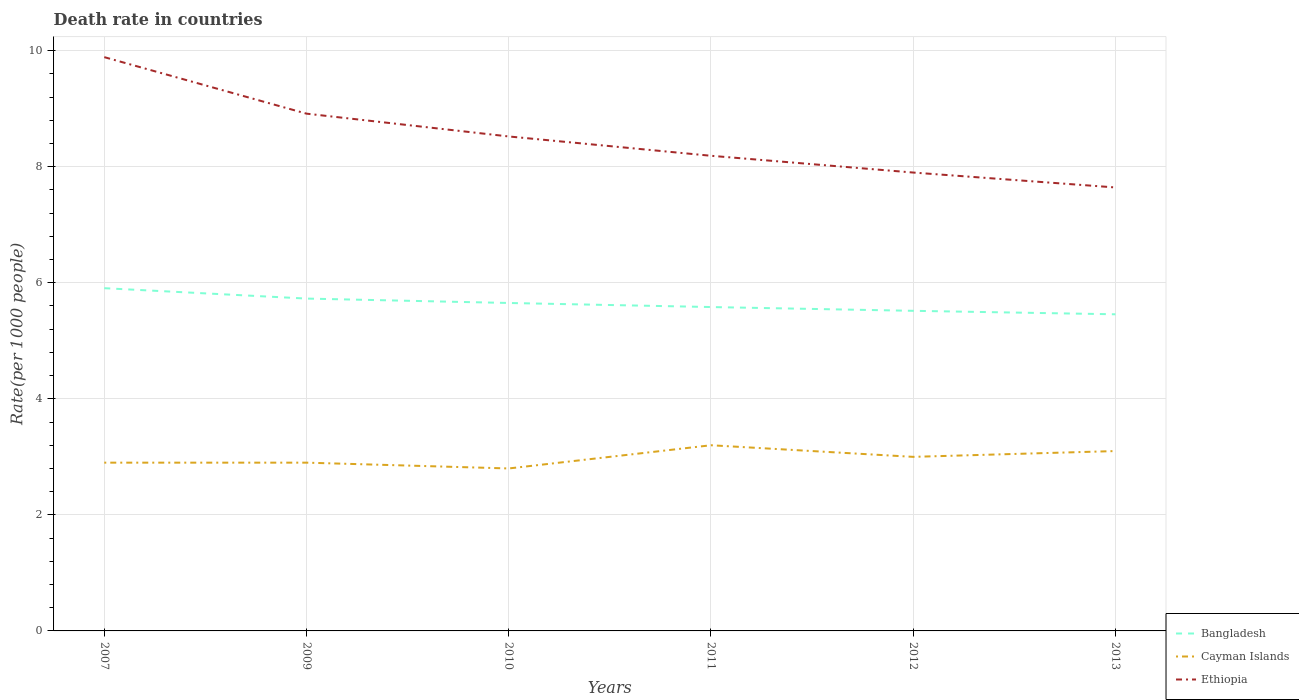
| Years | Bangladesh | Cayman Islands | Ethiopia |
 | --- | --- | --- | --- |
 | 2007 | 5.91 | 2.9 | 9.89 |
 | 2009 | 5.73 | 2.9 | 8.91 |
 | 2010 | 5.65 | 2.8 | 8.52 |
 | 2011 | 5.58 | 3.2 | 8.19 |
 | 2012 | 5.52 | 3 | 7.9 |
 | 2013 | 5.46 | 3.1 | 7.64 |